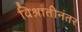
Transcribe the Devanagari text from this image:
विश्रांतीनंतर